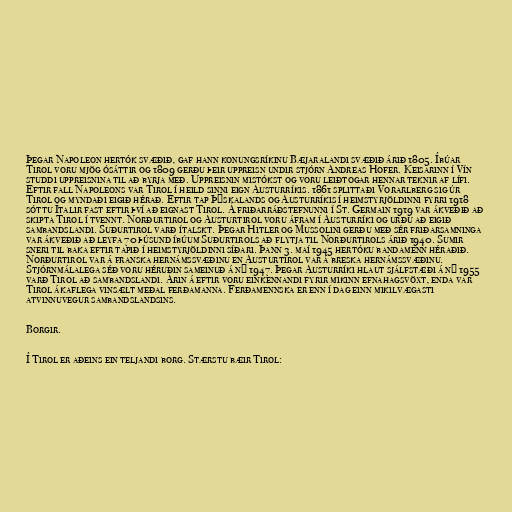
Þegar Napoleon hertók svæðið, gaf hann konungsríkinu Bæjaralandi svæðið árið 1805. Íbúar
Tirol voru mjög ósáttir og 1809 gerðu þeir uppreisn undir stjórn Andreas Hofer. Keisarinn í Vín
studdi uppreisnina til að byrja með. Uppreisnin mistókst og voru leiðtogar hennar teknir af lífi.
Eftir fall Napoleons var Tirol í heild sinni eign Austurríkis. 1861 splittaði Vorarlberg sig úr
Tirol og myndaði eigið hérað. Eftir tap Þýskalands og Austurríkis í heimstyrjöldinni fyrri 1918
sóttu Ítalir fast eftir því að eignast Tirol. Á friðarráðstefnunni í St. Germain 1919 var ákveðið að
skipta Tirol í tvennt. Norðurtirol og Austurtirol voru áfram í Austurríki og urðu að eigið
sambandslandi. Suðurtirol varð ítalskt. Þegar Hitler og Mussolini gerðu með sér friðarsamninga
var ákveðið að leyfa 70 þúsund íbúum Suðurtirols að flytja til Norðurtirols árið 1940. Sumir
sneri til baka eftir tapið í heimstyrjöldinni síðari. Þann 3. maí 1945 hertóku bandamenn héraðið.
Norðurtirol var á franska hernámssvæðinu en Austurtirol var á breska hernámssvæðinu.
Stjórnmálalega séð voru héruðin sameinuð á ný 1947. Þegar Austurríki hlaut sjálfstæði á ný 1955
varð Tirol að sambandslandi. Árin á eftir voru einkennandi fyrir mikinn efnahagsvöxt, enda var
Tirol ákaflega vinsælt meðal ferðamanna. Ferðamennska er enn í dag einn mikilvægasti
atvinnuvegur sambandslandsins.

Borgir.

Í Tirol er aðeins ein teljandi borg. Stærstu bæir Tirol: